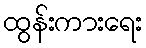
ထွန်းကားရေး